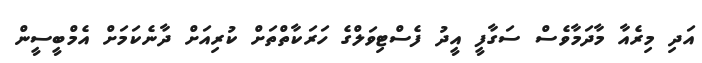
އަދި މިރެއާ މާދަމާވެސް ސަގާފީ އީދު ފެސްޓިވަލްގެ ހަރަކާތްތަށް ކުރިއަށް ދާނެކަމަށް އެމްބީސީން